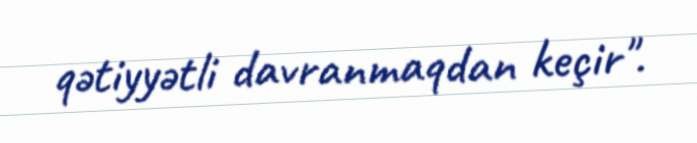
qətiyyətli davranmaqdan keçir".